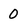
Character: 0